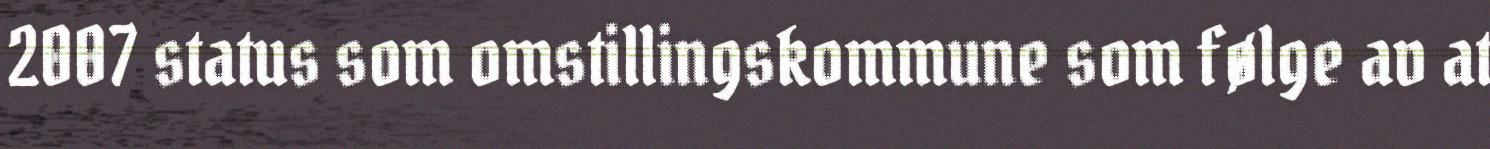
2007 status som omstillingskommune som følge av at